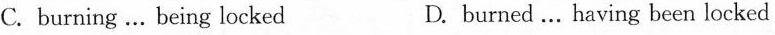
C. burning . Being locked D. burned…. Having been locked